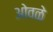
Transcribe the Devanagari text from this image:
ओवळे